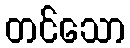
တင်သော